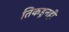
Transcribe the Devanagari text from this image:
तिकडूनही